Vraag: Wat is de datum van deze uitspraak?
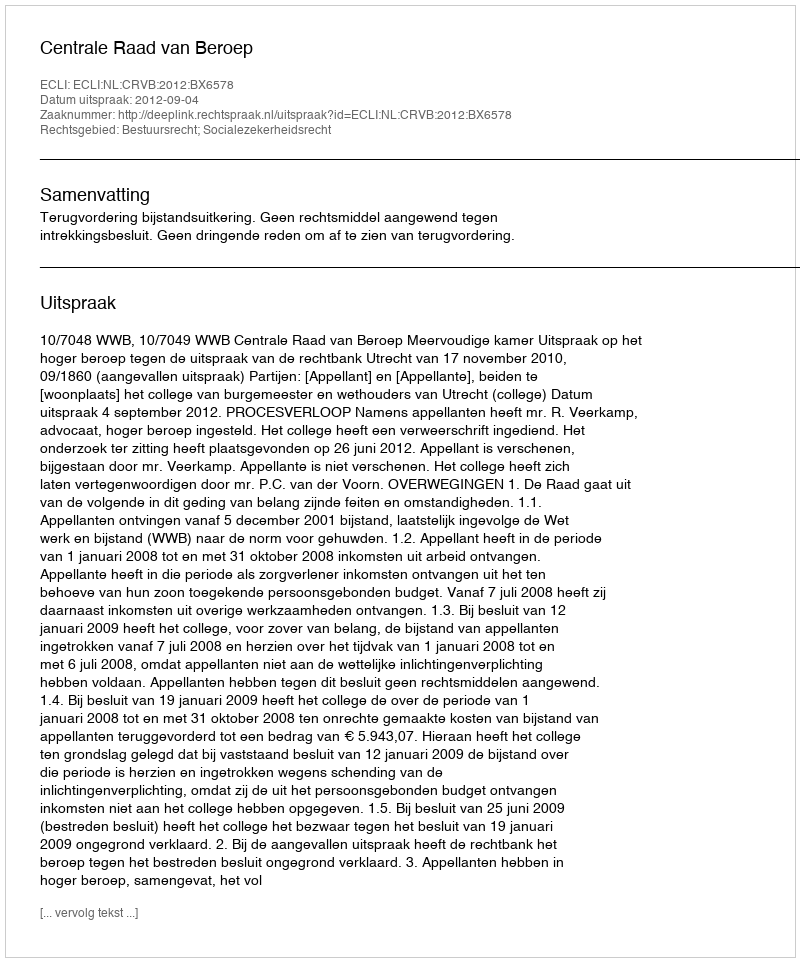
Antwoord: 2012-09-04